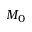
M _ { 0 }